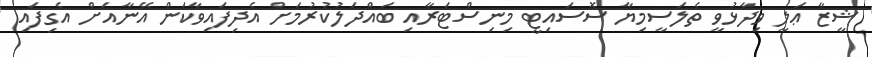
ޝީޒާ ޢަލީ ވިދާޅުވީ ތެލަސީމިޔާ ސޮސައިޓީ މިނިސްޓަރާއި ބައްދަލުކުރުމަށް އެދިފައިވާކަން އޭނާއަށް އެގިފައި